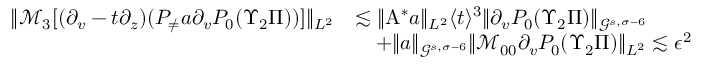
\begin{array} { r l } { \| \mathcal { M } _ { 3 } [ ( \partial _ { v } - t \partial _ { z } ) ( P _ { \neq } a \partial _ { v } P _ { 0 } ( \Upsilon _ { 2 } \Pi ) ) ] \| _ { L ^ { 2 } } } & { \lesssim \| \mathrm { A } ^ { * } a \| _ { L ^ { 2 } } \langle t \rangle ^ { 3 } \| \partial _ { v } P _ { 0 } ( \Upsilon _ { 2 } \Pi ) \| _ { \mathcal { G } ^ { s , \sigma - 6 } } } \\ & { \quad + \| a \| _ { \mathcal { G } ^ { s , \sigma - 6 } } \| \mathcal { M } _ { 0 0 } \partial _ { v } P _ { 0 } ( \Upsilon _ { 2 } \Pi ) \| _ { L ^ { 2 } } \lesssim \epsilon ^ { 2 } } \end{array}